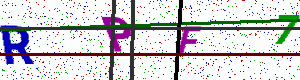
Text: RPF7